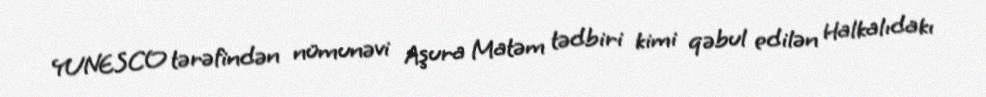
YUNESCO tərəfindən nümunəvi Aşura Matəm tədbiri kimi qəbul edilən Halkalıdakı